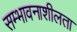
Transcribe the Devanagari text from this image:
सम्भावनाशीलता